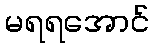
မရရအောင်